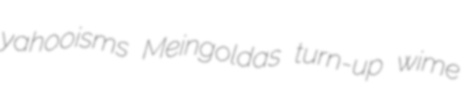
yahooisms Meingoldas turn-up wime